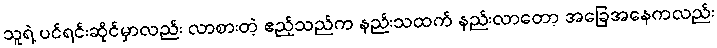
သူရဲ့ ပင်ရင်းဆိုင်မှာလည်း လာစားတဲ့ ဧည့်သည်က နည်းသထက် နည်းလာတော့ အခြေအနေကလည်း